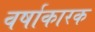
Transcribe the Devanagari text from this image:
वर्षाकारक